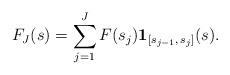
LaTeX: \begin{align*} F_J(s) = \sum_{j=1}^{J}F(s_j)\mathbf{1}_{[s_{j-1},\, s_{j}]}(s).\end{align*}